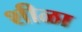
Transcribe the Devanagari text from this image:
शीळा